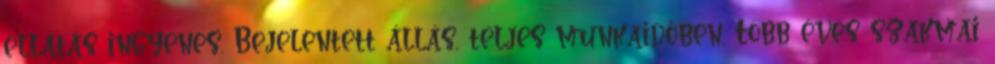
ellátás ingyenes. Bejelentett állás, teljes munkaidőben. Több éves szakmai